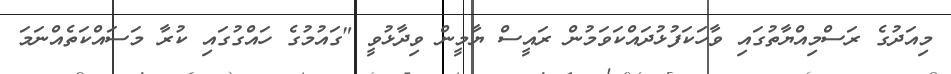
މިއަދުގެ ރަސްމިއްޔާތުގައި ވާހަކަފުޅުދައްކަވަމުން ރައީސް ޔާމީން ވިދާޅުވީ "ގައުމުގެ ހައްގުގައި ކުރާ މަސައްކަތެއްނަމަ